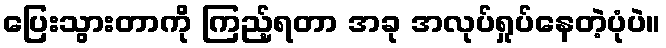
ပြေးသွားတာကို ကြည့်ရတာ အခု အလုပ်ရှုပ်နေတဲ့ပုံပဲ။